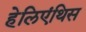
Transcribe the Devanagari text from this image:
हेलिएंथिस